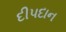
દીપદાન